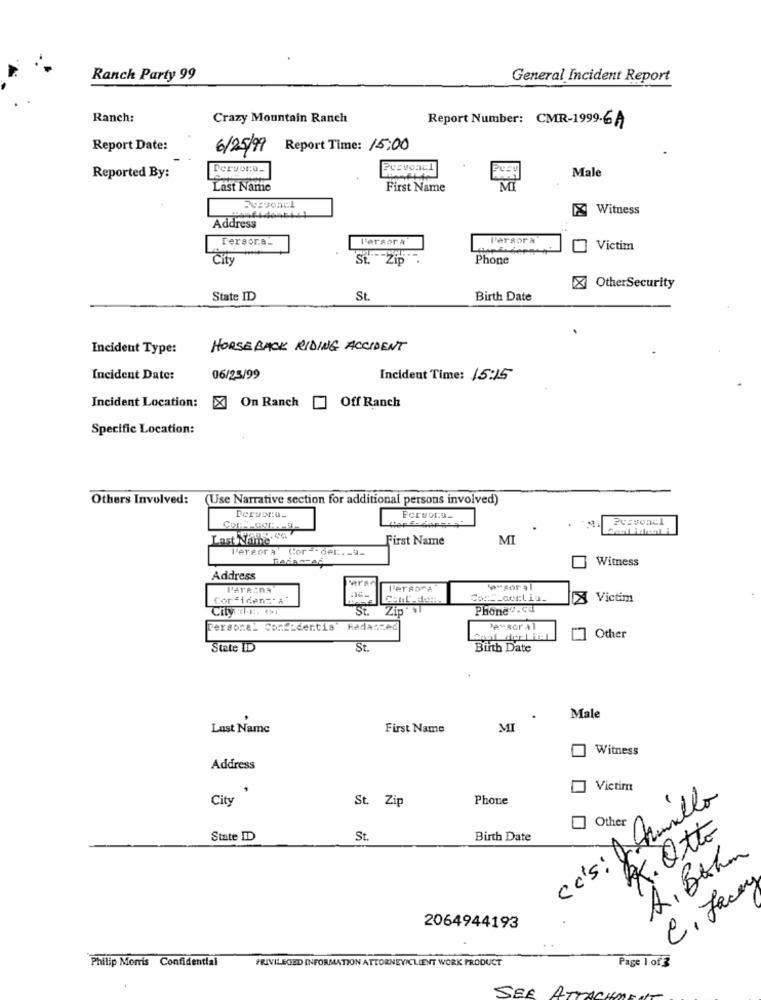
Ranch Party 99
General Incident Report
Ranch:
Crazy Mountain Ranch
Report Number: CMR-1999.6A
Report Date:
6/25/99
Report Time: 15:00
Dervora.
Male
Reported By:
Last Name
First Name
MT
X Witness
Address
Persor.a.
P'ersora
Pergora
Victim
City
St. Zip
Phone
X OtherSecurity
State ID
St.
Birth Date
Incident Type:
HORSEBACK RIDING ACCIDENT
Incident Date:
06/23/99
Incident Time: 15:15
Incident Location:
X On Ranch
Off Ranch
Specific Location:
Others Involved:
(Use Narrative section for additional persons involved)
Pcsvoncl
Last NAite. GG
First Name
MI
l'ereora Cor -- der .- 9_
Witness
Address
P'AYRIDA
l'erao"a"
Corsidenz. A.
Con __ cortis-
X Victim
City .E. (
St. Zip : +
St.
Phones.cd
Personal Con == dentia" kadaszed
"e"soral
Other
State ID
St.
Birth Date
Male
Last Name
First Name
MI
Witness
Address
Victim
City
St. Zip
Phone
cc's: J Amilla
Other
R. Otto
State ID
St.
Birth Date
A. Bahm
C, Face
2064944193
Philip Morris Confidential
PRIVILEGED INFORMATION ATTORNEY/CLIENT WORK PRODUCT
Page 1 of 3
SEE ATT